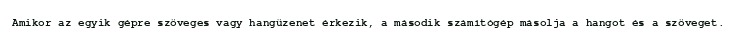
Amikor az egyik gépre szöveges vagy hangüzenet érkezik, a második számítógép másolja a hangot és a szöveget.